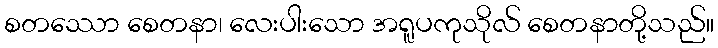
စတဿော စေတနာ၊ လေးပါးသော အရူပကုသိုလ် စေတနာတို့သည်။